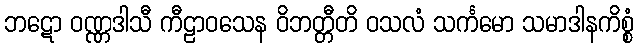
ဘဋော ဝဏ္ဏဒါသီ ကီဠာဝသေန ဝိဘတ္တီတိ ဝသလံ သင်္ကမော သမာဒါနကိစ္စံ